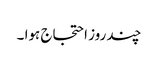
چند روز احتجاج ہوا ۔